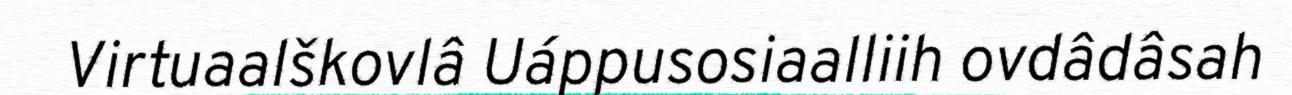
Virtuaalškovlâ Uáppusosiaalliih ovdâdâsah